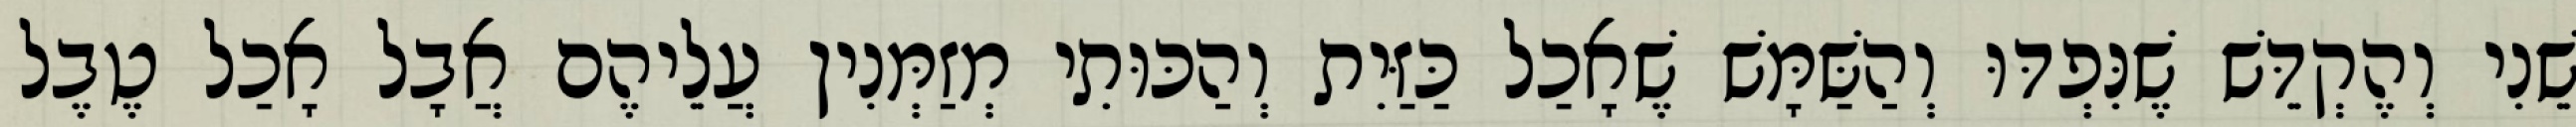
שֵׁנִי וְהֶקְדֵּשׁ שֶׁנִּפְדּוּ וְהַשַּׁמָּשׁ שֶׁאָכַל כַּזַּיִת וְהַכּוּתִי מְזַמְּנִין עֲלֵיהֶם אֲבָל אָכַל טֶבֶל